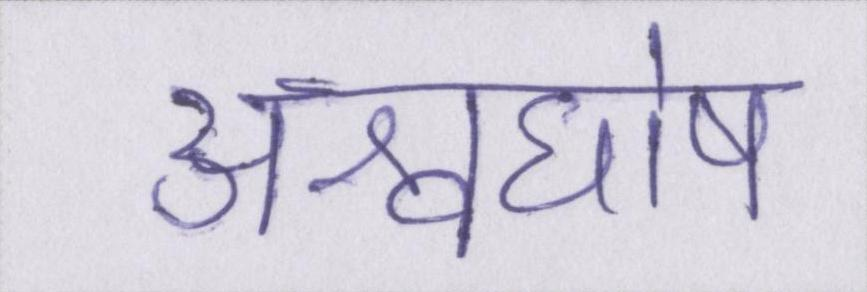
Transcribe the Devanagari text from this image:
अश्वघोष